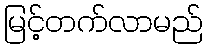
မြင့်တက်လာမည်